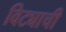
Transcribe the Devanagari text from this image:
विट्याची